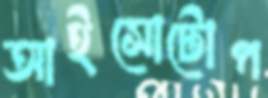
আইসোটোপ